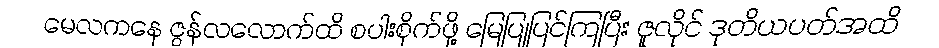
မေလကနေ ဇွန်လလောက်ထိ စပါးစိုက်ဖို့ မြေပြုပြင်ကြပြီး ဇူလိုင် ဒုတိယပတ်အထိ